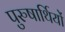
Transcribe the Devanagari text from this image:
पुरुषार्थियों